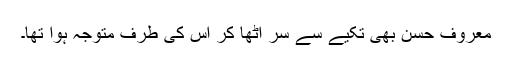
معروف حسن بھی تکیے سے سر اٹھا کر اس کی طرف متوجہ ہوا تھا۔